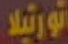
تورتيلا